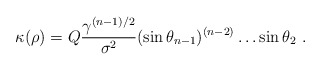
\begin{align*}\kappa(\rho)= Q \frac{\gamma^{(n-1)/2}}{\sigma^2}(\sin\theta_{n-1})^{(n-2)}\dots \sin\theta_2~.\end{align*}